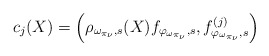
\begin{align*}c_{j}(X)=\left(\rho_{\omega_{\pi_{\nu}},s}(X)f_{\varphi_{\omega_{\pi_{\nu}}},s},f^{(j)}_{\varphi_{\omega_{\pi_{\nu}}},s}\right)\end{align*}